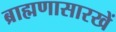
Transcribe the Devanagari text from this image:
ब्राह्मणासारखें